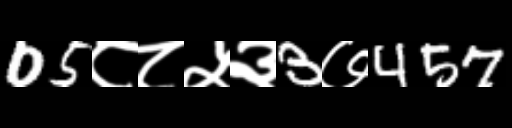
Text: 05८८५३3७457